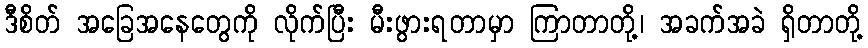
ဒီစိတ် အခြေအနေတွေကို လိုက်ပြီး မီးဖွားရတာမှာ ကြာတာတို့၊ အခက်အခဲ ရှိတာတို့